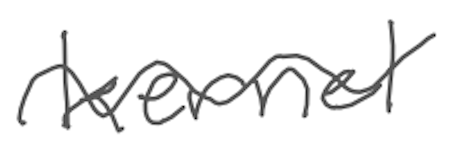
Text: kernel
Cross-out: wave
Writing tool: digital_gray